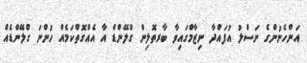
އަންހެނުންގެ ނަސްލު އުފައްދާ ނިޒާމްގައިވާ ބާރތޮލިން ގްލޭންޑް އާ އެއްގޮތްކަމެއް ހުންނަ ގްލޭންޑެއް